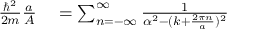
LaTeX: \begin{array} { r l } { { \frac { \hbar ^ { 2 } } { 2 m } } { \frac { a } { A } } } & { { } = \sum _ { n = - \infty } ^ { \infty } { \frac { 1 } { \alpha ^ { 2 } - ( k + { \frac { 2 \pi n } { a } } ) ^ { 2 } } } } \end{array}